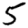
Digit: 5